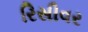
રિસીવર